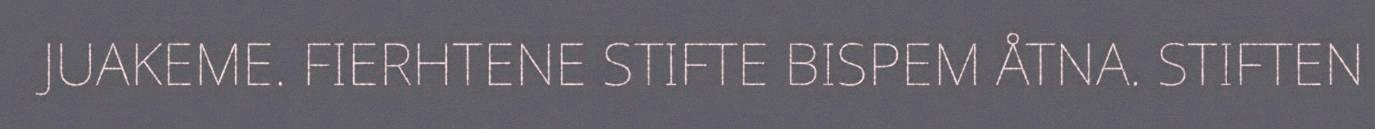
JUAKEME. FIERHTENE STIFTE BISPEM ÅTNA. STIFTEN